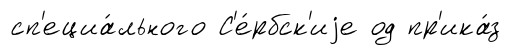
сп'ециа́льного С'е́рбск'иjе од пр'ика́з